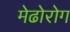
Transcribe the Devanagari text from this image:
मेढोरोग